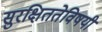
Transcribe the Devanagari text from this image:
सुरक्षिततेविषयी